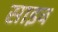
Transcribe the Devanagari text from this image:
साइव